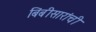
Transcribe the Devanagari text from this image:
बिंबीसारांची